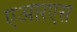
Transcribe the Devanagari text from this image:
एआरएस